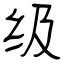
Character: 级